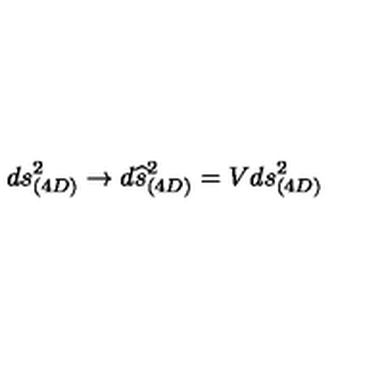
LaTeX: d s _ { ( 4 D ) } ^ { 2 } \rightarrow d \widehat { s } _ { ( 4 D ) } ^ { 2 } = V d s _ { ( 4 D ) } ^ { 2 }